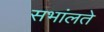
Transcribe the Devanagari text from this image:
सभांलते